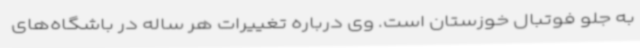
به جلو فوتبال خوزستان است. وی درباره تغییرات هر ساله در باشگاه‌های